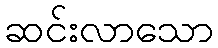
ဆင်းလာသော